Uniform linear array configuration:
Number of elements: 64
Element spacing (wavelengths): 1
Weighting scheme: exponential
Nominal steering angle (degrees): -30
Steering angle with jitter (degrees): -29.166
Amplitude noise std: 0.05
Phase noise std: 0.05

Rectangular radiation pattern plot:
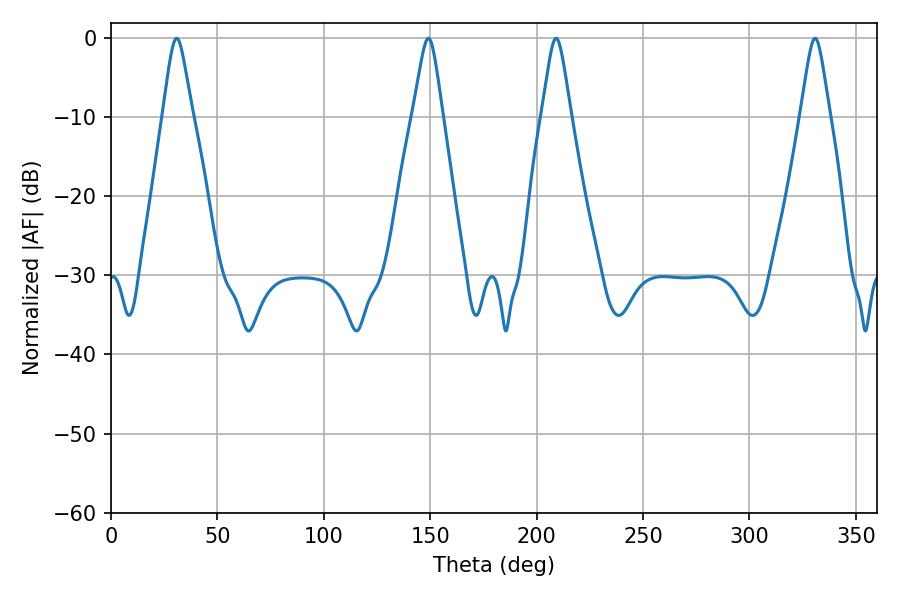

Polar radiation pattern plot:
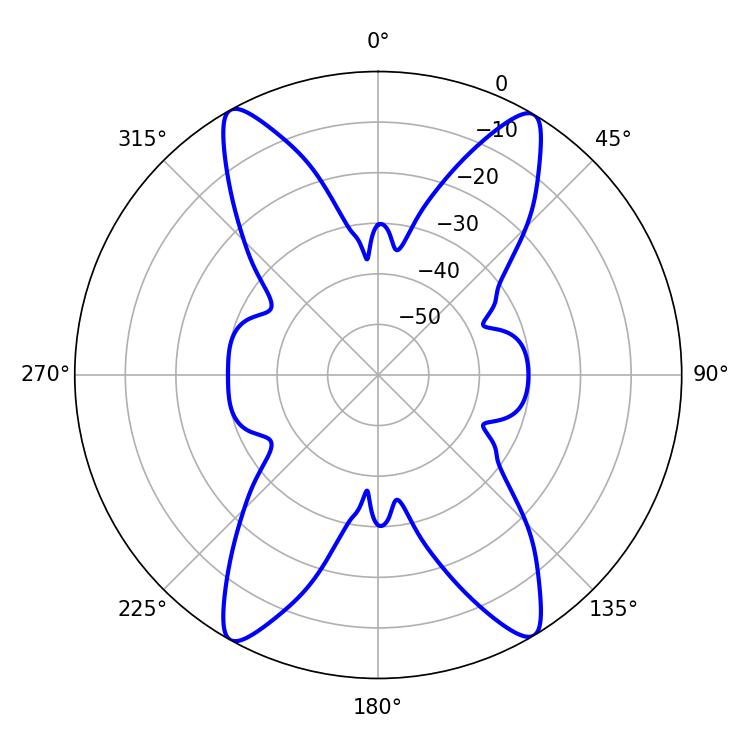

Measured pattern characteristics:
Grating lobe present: TRUE
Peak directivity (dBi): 22.551
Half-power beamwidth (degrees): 6.48
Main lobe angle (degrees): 209.16